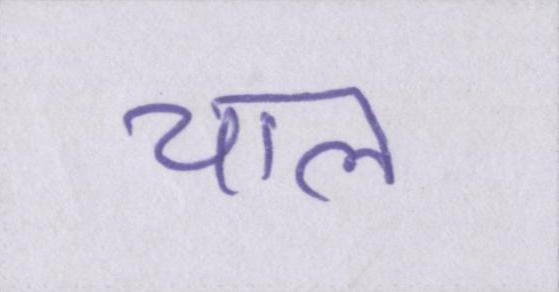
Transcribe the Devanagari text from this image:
चाल